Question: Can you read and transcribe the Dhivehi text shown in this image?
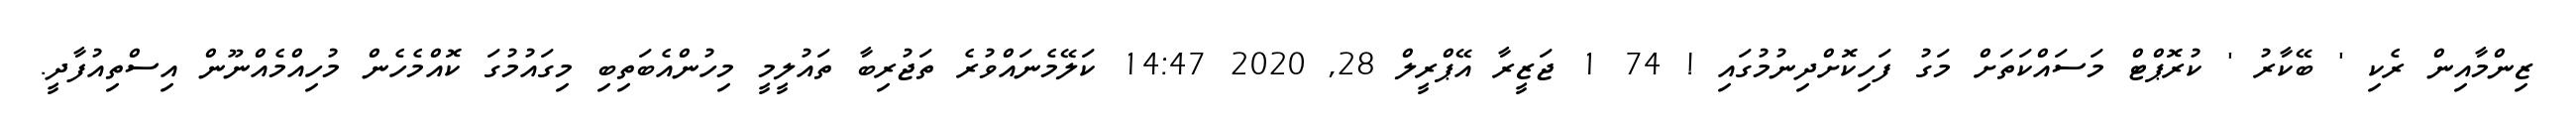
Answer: ޒިންމާއިން ރެކި ' ބޭކާރު ' ކުރޮޕްޓް މަސައްކަތަށް މަގު ފަހިކޮށްދިނުމުގައި ! 74 1 ޖަޒީރާ އޭޕްރީލް 28, 2020 14:47 ކަލޭމެނައްވުރެ ތަޖުރިބާ ތައުލީމީ މިހުންއެބަތިބި މިގައުމުގަ ކޮއްމެހެން މުހިއްމެއްނޫން އިސްތިއުފާދީ.